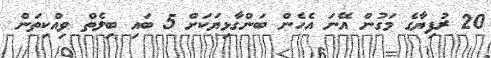
20 ރުފިޔާގެ މަގުން އޭނަ އެހެން ބަންގާޅިޔަކަށް 5 ބައި ބިލެތް ވިއްކިތަން